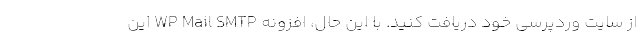
از سایت وردپرسی خود دریافت کنید. با این حال، افزونه WP Mail SMTP این